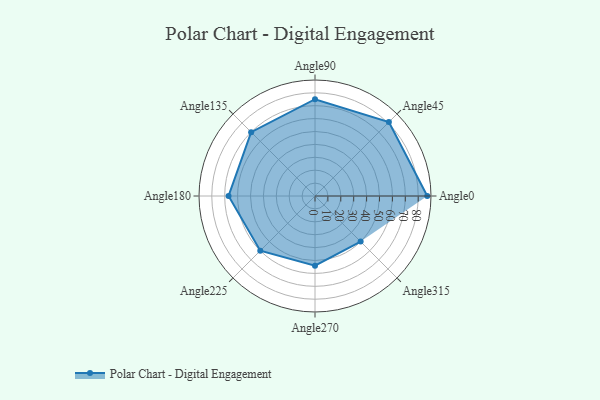
{"axis": {"x": "Angle", "y": "Radius"}, "legend": [""], "data": [{"x": "Angle0", "y": 87.0, "type": ""}, {"x": "Angle45", "y": 81.0, "type": ""}, {"x": "Angle90", "y": 75.0, "type": ""}, {"x": "Angle135", "y": 70.0, "type": ""}, {"x": "Angle180", "y": 67.0, "type": ""}, {"x": "Angle225", "y": 60.0, "type": ""}, {"x": "Angle270", "y": 54.0, "type": ""}, {"x": "Angle315", "y": 50, "type": ""}]}